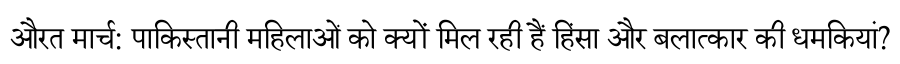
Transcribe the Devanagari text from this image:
औरत मार्च: पाकिस्तानी महिलाओं को क्यों मिल रही हैं हिंसा और बलात्कार की धमकियां?